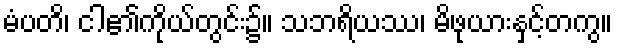
မံပတိ၊ ငါ၏ကိုယ်တွင်း၌။ သဘရိယဿ၊ မိဖုယားနှင့်တကွ။